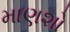
માણશો